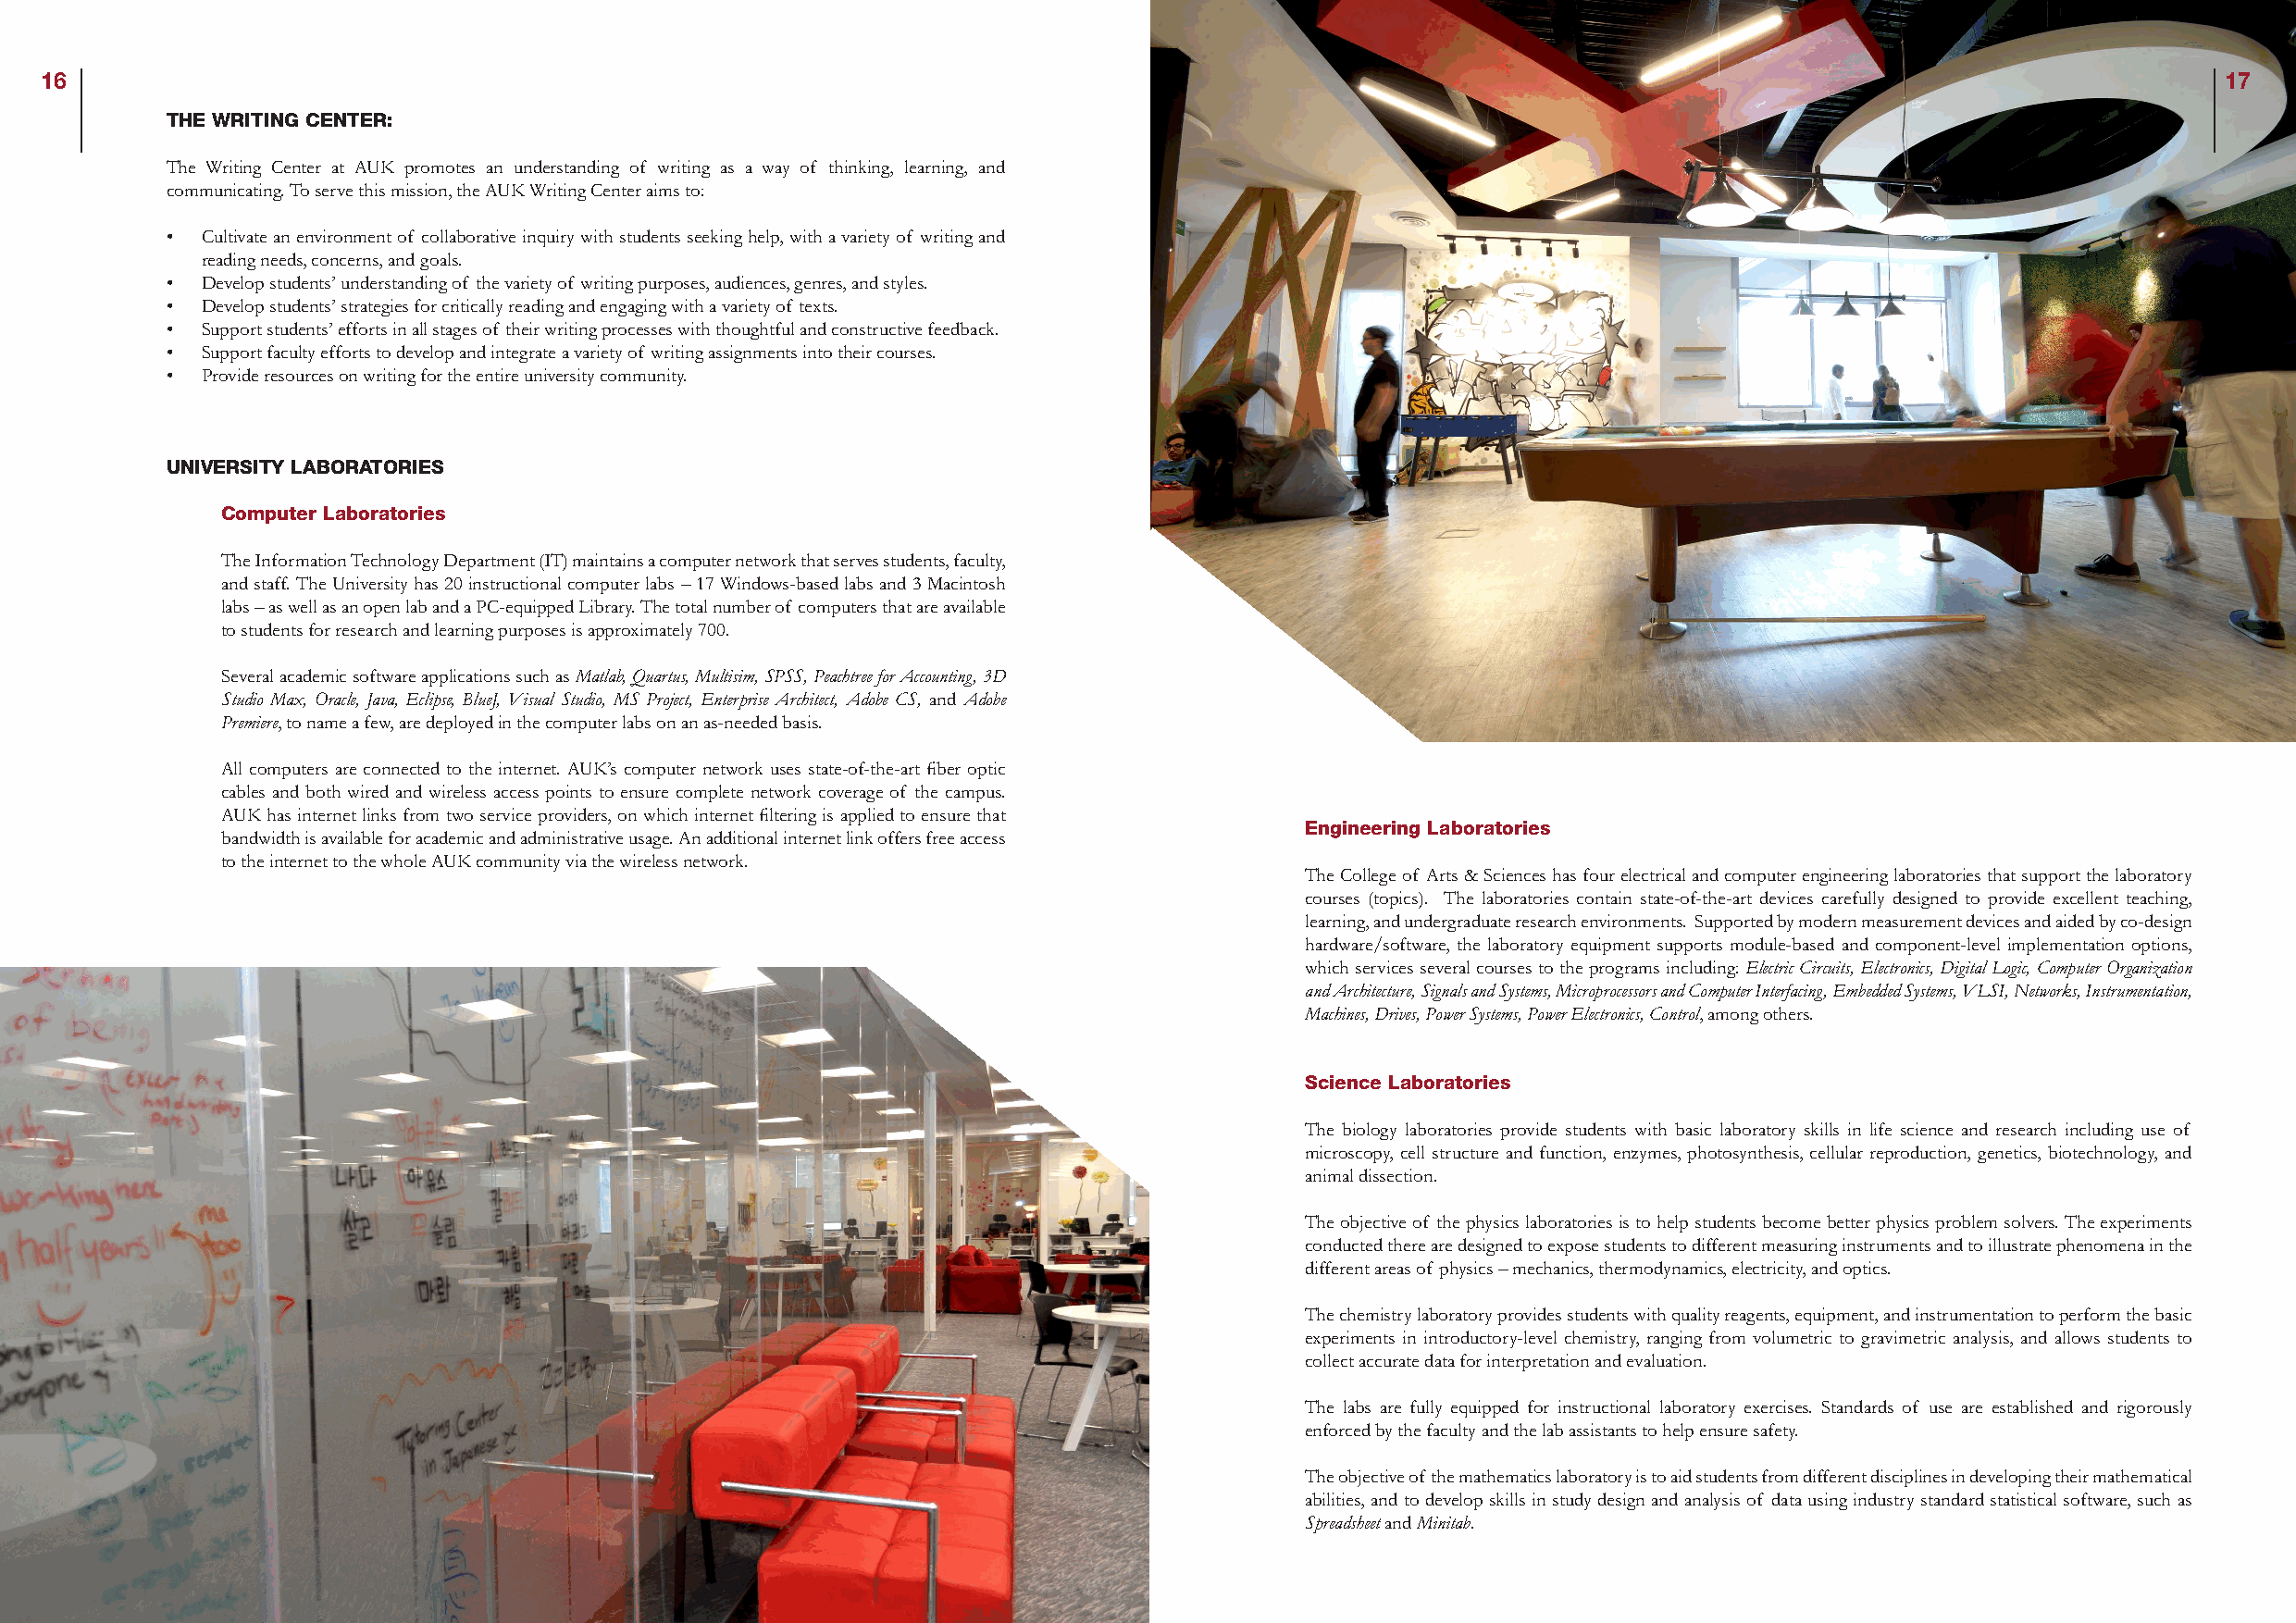
16                                                                                                                                                          17
 THE WRITING CENTER:
 The Writing Center at AUK promotes an understanding of writing as a way of thinking, learning, and
 communicating. To serve this mission, the AUK Writing Center aims to:
 • Cultivate an environment of collaborative inquiry with students seeking help, with a variety of writing and
 reading needs, concerns, and goals.
 • Develop students’ understanding of the variety of writing purposes, audiences, genres, and styles.
 • Develop students’ strategies for critically reading and engaging with a variety of texts.
 • Support students’ efforts in all stages of their writing processes with thoughtful and constructive feedback.
 • Support faculty efforts to develop and integrate a variety of writing assignments into their courses.
 • Provide resources on writing for the entire university community.
 UNIVERSITY LABORATORIES
 Computer Laboratories
 The Information Technology Department (IT) maintains a computer network that serves students, faculty,
 and staff. The University has 20 instructional computer labs – 17 Windows-based labs and 3 Macintosh
 labs – as well as an open lab and a PC-equipped Library. The total number of computers that are available
 to students for research and learning purposes is approximately 700.
 Several academic software applications such as Matlab, Quartus, Multisim, SPSS, Peachtree for Accounting, 3D
 Studio Max, Oracle, Java, Eclipse, BlueJ, Visual Studio, MS Project, Enterprise Architect, Adobe CS, and Adobe
 Premiere, to name a few, are deployed in the computer labs on an as-needed basis.
 All computers are connected to the internet. AUK’s computer network uses state-of-the-art fiber optic
 cables and both wired and wireless access points to ensure complete network coverage of the campus.
 AUK has internet links from two service providers, on which internet filtering is applied to ensure that
 Engineering Laboratories
 bandwidth is available for academic and administrative usage. An additional internet link offers free access
 to the internet to the whole AUK community via the wireless network.
 The College of Arts & Sciences has four electrical and computer engineering laboratories that support the laboratory
 courses (topics). The laboratories contain state-of-the-art devices carefully designed to provide excellent teaching,
 learning, and undergraduate research environments. Supported by modern measurement devices and aided by co-design
 hardware/software, the laboratory equipment supports module-based and component-level implementation options,
 which services several courses to the programs including: Electric Circuits, Electronics, Digital Logic, Computer Organization
 and Architecture, Signals and Systems, Microprocessors and Computer Interfacing, Embedded Systems, VLSI, Networks, Instrumentation,
 Machines, Drives, Power Systems, Power Electronics, Control, among others.
 Science Laboratories
 The biology laboratories provide students with basic laboratory skills in life science and research including use of
 microscopy, cell structure and function, enzymes, photosynthesis, cellular reproduction, genetics, biotechnology, and
 animal dissection.
 The objective of the physics laboratories is to help students become better physics problem solvers. The experiments
 conducted there are designed to expose students to different measuring instruments and to illustrate phenomena in the
 different areas of physics – mechanics, thermodynamics, electricity, and optics.
 The chemistry laboratory provides students with quality reagents, equipment, and instrumentation to perform the basic
 experiments in introductory-level chemistry, ranging from volumetric to gravimetric analysis, and allows students to
 collect accurate data for interpretation and evaluation.
 The labs are fully equipped for instructional laboratory exercises. Standards of use are established and rigorously
 enforced by the faculty and the lab assistants to help ensure safety.
 The objective of the mathematics laboratory is to aid students from different disciplines in developing their mathematical
 abilities, and to develop skills in study design and analysis of data using industry standard statistical software, such as
 Spreadsheet and Minitab.